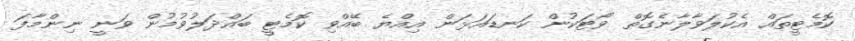
ކޮމެޓީތައް އެކުލަވާލާނެގޮތް ވޯޓަކުން ކަނޑައަޅަން އިއްޔެ ބޭއްވި ކޮމެޓީ ބައްދަލުވުމުން ވަނީ ނިންމާފަ